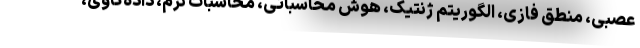
عصبی، منطق فازی، الگوریتم ژنتیک، هوش محاسباتی، محاسبات نرم، داده‌کاوی،